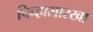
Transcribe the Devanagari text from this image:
चिन्हासारखा